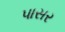
પાસર